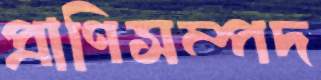
প্রাণিসম্পদ